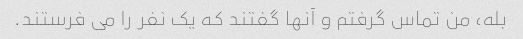
بله، من تماس گرفتم و آنها گفتند که یک نفر را می فرستند.